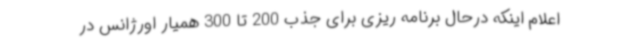
اعلام اینکه درحال برنامه ریزی برای جذب 200 تا 300 همیار اورژانس در